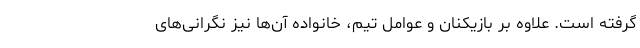
گرفته است. علاوه بر بازیکنان و عوامل تیم، خانواده آن‌ها نیز نگرانی‌های